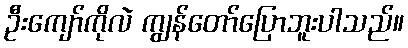
ဦးကျော်ကိုလဲ ကျွန်တော်ပြောဘူးပါသည်။